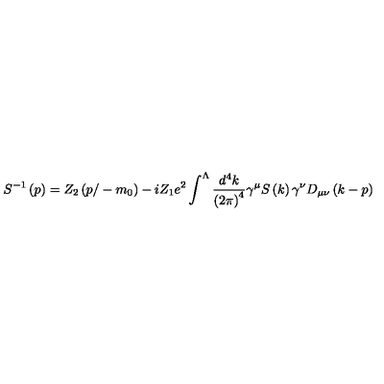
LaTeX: S ^ { - 1 } \left( p \right) = Z _ { 2 } \left( p / - m _ { 0 } \right) - i Z _ { 1 } e ^ { 2 } \int ^ { \Lambda } \frac { d ^ { 4 } k } { \left( 2 \pi \right) ^ { 4 } } \gamma ^ { \mu } S \left( k \right) \gamma ^ { \nu } D _ { \mu \nu } \left( k - p \right)